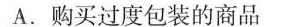
A.购买过度包装的商品